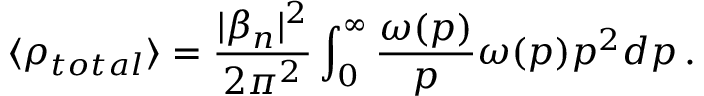
\langle \rho _ { t o t a l } \rangle = \frac { | \beta _ { n } | ^ { 2 } } { 2 \pi ^ { 2 } } \int _ { 0 } ^ { \infty } \frac { \omega ( p ) } { p } \omega ( p ) p ^ { 2 } d p \, .